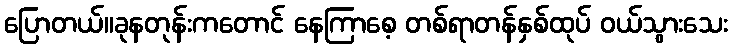
ပြောတယ်။ခုနတုန်းကတောင် နေကြာစေ့ တစ်ရာတန်နှစ်ထုပ် ဝယ်သွားသေး